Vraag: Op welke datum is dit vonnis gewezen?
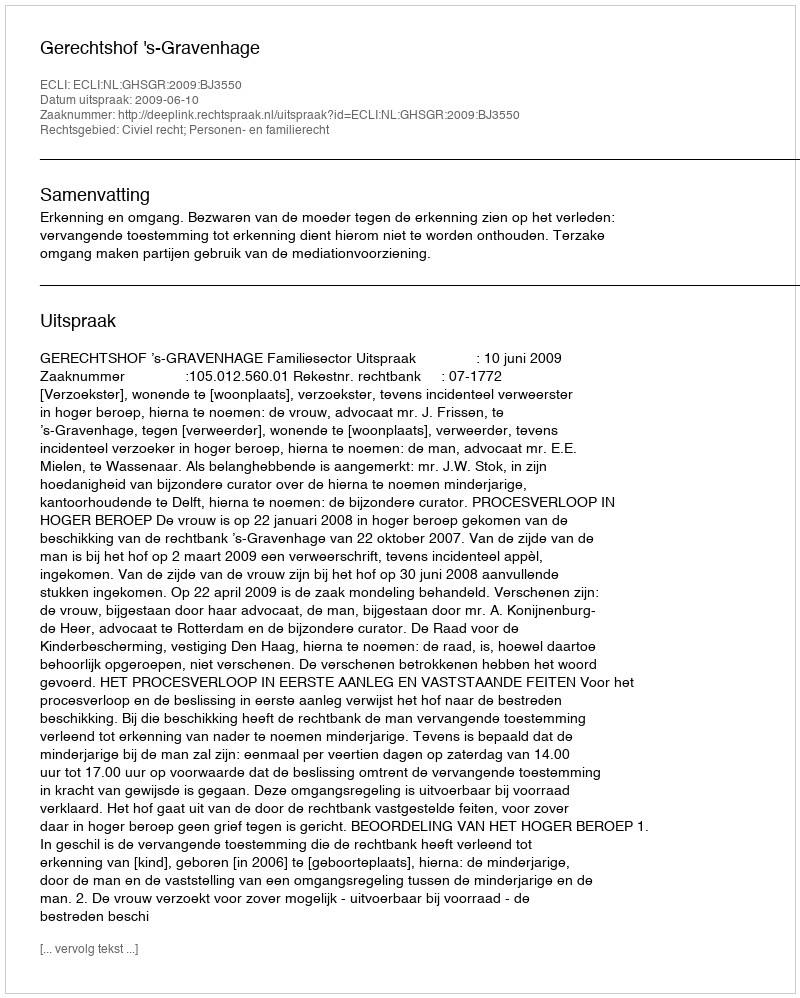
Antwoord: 2009-06-10